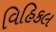
વિહિકલ